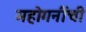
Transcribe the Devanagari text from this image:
महोगनींची